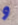
و